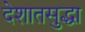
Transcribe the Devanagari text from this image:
देशातसुद्धा